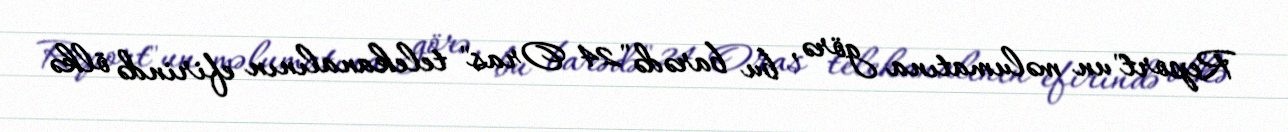
Report"un məlumatına görə, bu barədə "24 Oras" telekanalının efirində ölkə